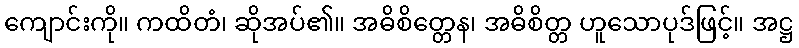
ကျောင်းကို။ ကထိတံ၊ ဆိုအပ်၏။ အဓိစိတ္တေန၊ အဓိစိတ္တ ဟူသောပုဒ်ဖြင့်။ အဋ္ဌ